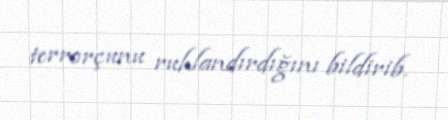
terrorçunu ruhlandırdığını bildirib.